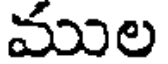
ముల